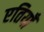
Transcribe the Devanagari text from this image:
एतियाँ